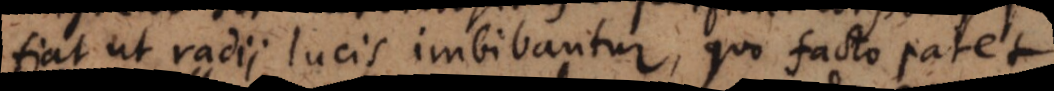
fiat ut radii lucis imbibantur, quo facto patet